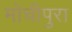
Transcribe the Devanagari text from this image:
मोचीपुरा